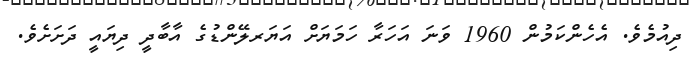
ދިއުމެވެ. އެހެންކަމުން 1960 ވަނަ އަހަރާ ހަމަޔަށް އަޔަރލޭންޑުގެ އާބާދީ ދިޔައީ ދަށަށެވެ.